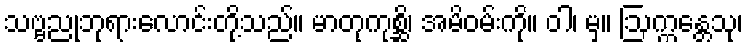
သဗ္ဗညုဘုရားလောင်းတို့သည်။ မာတုကုစ္ဆိ၊ အမိဝမ်းကို။ ဝါ၊ မှ။ ဩက္ကန္တေသု၊